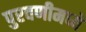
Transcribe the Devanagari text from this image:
पुरवणीमध्ये